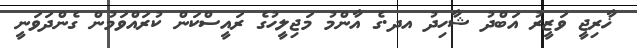
ޚާރިޖީ ވަޒީރު އަބްދު ޝާހިދު އދ.ގެ އާންމު މަޖިލީހުގެ ރައީސްކަން ކުރައްވަމުން ގެންދަވަނީ